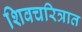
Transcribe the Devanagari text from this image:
शिवचरित्रात